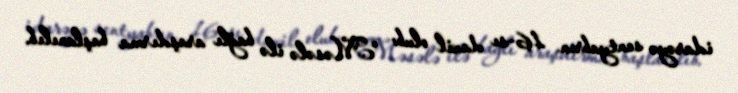
idarəyə sentyabrın 16-sı daxil olub: “Məsələ ilə bağlı araşdırma başlanılıb.